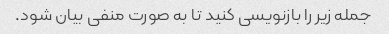
جمله زیر را بازنویسی کنید تا به صورت منفی بیان شود.